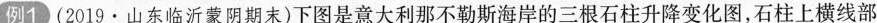
例1(2019·山东临沂蒙阴期末)下图是意大利那不勒斯海岸的三根石柱升降变化图，石柱上横线部